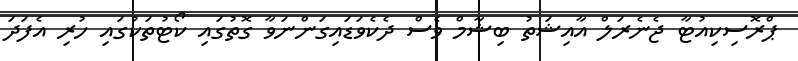
ޕްރޮސިކިއުޓާ ޖެނެރަލް އާއިޝަތު ބިޝާމް ވެސް ދެކެވަޑައިގަންނަވާ ގޮތުގައި ކޯޓުތަކުގައި ހުރި އެފަދަ